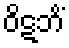
ဝိဋဘိံ